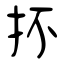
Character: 抔